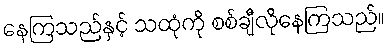
နေကြသည်နှင့် သထုံကို စစ်ချီလိုနေကြသည်။